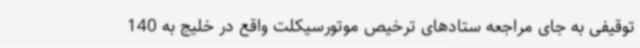
توقیفی به جای مراجعه ستادهای ترخیص موتورسیکلت واقع در خلیج به 140